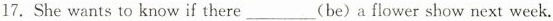
17.She wants to know if there___(be)a flower show next week.